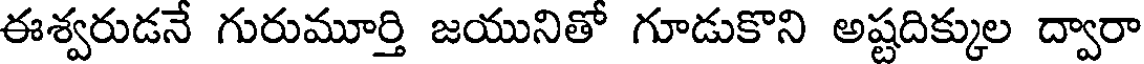
ఈశ్వరుడనే గురుమూర్తి జయునితో గూడుకొని అష్టదిక్కుల ద్వారా